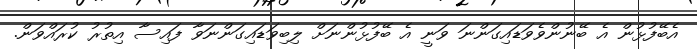
އެބޭފުޅުން އެ ބޭނުންވެވަޑައިގަންނަ ވަނީ އެ ބޭފުޅުންނަށް ލިބިވަޑައިގަންނަވާ ފައިސާ އިތުރު ކުރައްވަން.